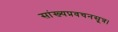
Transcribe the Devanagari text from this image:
सांख्यप्रवचनसूत्र।